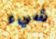
شيء